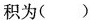
积为()